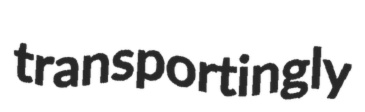
transportingly